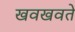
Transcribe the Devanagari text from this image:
खवखवते